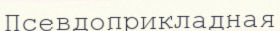
Псевдоприкладная